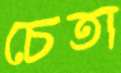
চেতা